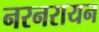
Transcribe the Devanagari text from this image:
नरनरायन